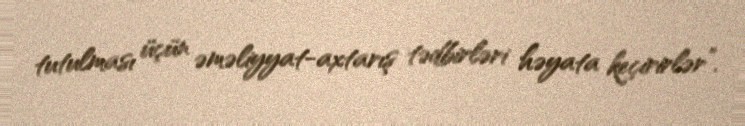
tutulması üçün əməliyyat-axtarış tədbirləri həyata keçirirlər”.